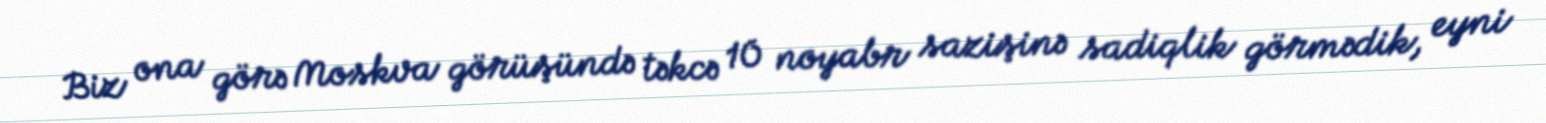
Biz ona görə Moskva görüşündə təkcə 10 noyabr sazişinə sadiqlik görmədik, eyni